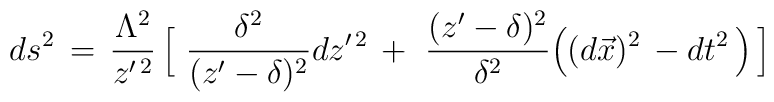
ds^2 \,=\, {\Lambda^2 \over z^{\prime\,2}} \, \Big\lbrack\,\,{ \delta^2 \over (z^\prime - \delta )^2 } dz^{\prime\,2}\,+\,\,{ (z^\prime - \delta )^2 \over \delta^2 } \Big( (d\vec x)^2\,- dt^2 \,\Big)\,\Big\rbrack